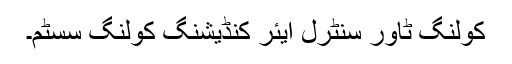
کولنگ ٹاور سنٹرل ایئر کنڈیشنگ کولنگ سسٹم۔